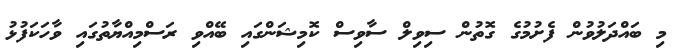
މި ބައްދަލުވުން ފެށުމުގެ ގޮތުން ސިވިލް ސާވިސް ކޮމިޝަންގައި ބޭއްވި ރަސްމިއްޔާތުގައި ވާހަކަފުޅު